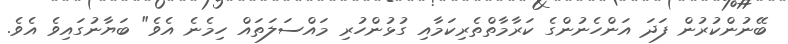
ބޭނުންކުރުން ފަދަ އަންހެނުންގެ ކަރާމާތްތެރިކަމާއި ގުޅުންހުރި މައްސަލަތައް ހިމެނެ އެވެ" ބަޔާނުގައިވެ އެވެ.